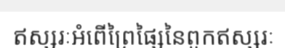
ឥស្សរៈអំពើព្រៃផ្សៃនៃពួកឥស្សរៈ